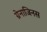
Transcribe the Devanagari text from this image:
ग्रेनाजिनस